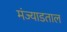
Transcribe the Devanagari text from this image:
मंज्याडताल